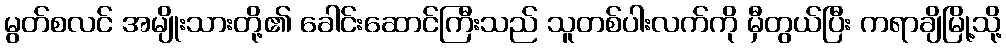
မွတ်စလင် အမျိုးသားတို့၏ ခေါင်းဆောင်ကြီးသည် သူတစ်ပါးလက်ကို မှီတွယ်ပြီး ကရာချိမြို့သို့